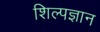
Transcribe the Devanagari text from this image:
शिल्पज्ञान